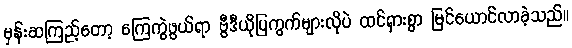
မှန်းဆကြည့်တော့ ကြေကွဲဖွယ်ရာ ဗွီဒီယိုပြကွက်များလိုပဲ ထင်ရှားစွာ မြင်ယောင်လာခဲ့သည်။